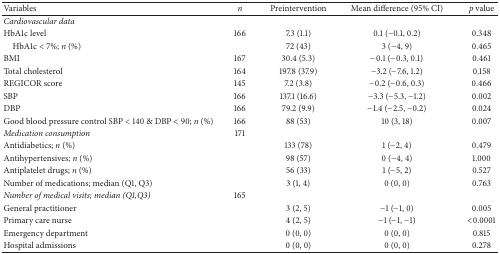
<table><thead><tr><td><b>Variables</b></td><td><b><i>n</i></b></td><td><b>Preintervention</b></td><td><b>Mean difference (95% CI)</b></td><td><b><i>p</i> value</b></td></tr></thead><tbody><tr><td><i>Cardiovascular data</i></td><td> </td><td> </td><td> </td><td> </td></tr><tr><td>HbA1c level</td><td>166</td><td>7.3 (1.1)</td><td>0.1 (−0.1, 0.2)</td><td>0.348</td></tr><tr><td> HbA1c &lt; 7%; <i>n</i> (%)</td><td> </td><td>72 (43)</td><td>3 (−4, 9)</td><td>0.465</td></tr><tr><td>BMI</td><td>167</td><td>30.4 (5.3)</td><td>−0.1 (−0.3, 0.1)</td><td>0.461</td></tr><tr><td>Total cholesterol</td><td>164</td><td>197.8 (37.9)</td><td>−3.2 (−7.6, 1.2)</td><td>0.158</td></tr><tr><td>REGICOR score</td><td>145</td><td>7.2 (3.8)</td><td>−0.2 (−0.6, 0.3)</td><td>0.466</td></tr><tr><td>SBP</td><td>166</td><td>137.1 (16.6)</td><td>−3.3 (−5.3, −1.2)</td><td>0.002</td></tr><tr><td>DBP</td><td>166</td><td>79.2 (9.9)</td><td>−1.4 (−2.5, −0.2)</td><td>0.024</td></tr><tr><td>Good blood pressure control SBP &lt; 140 &amp; DBP &lt; 90; <i>n</i> (%)</td><td>166</td><td>88 (53)</td><td>10 (3, 18)</td><td>0.007</td></tr><tr><td><i>Medication consumption</i></td><td>171</td><td> </td><td> </td><td> </td></tr><tr><td> Antidiabetics; <i>n</i> (%)</td><td> </td><td>133 (78)</td><td>1 (−2, 4)</td><td>0.479</td></tr><tr><td> Antihypertensives; <i>n</i> (%)</td><td> </td><td>98 (57)</td><td>0 (−4, 4)</td><td>1.000</td></tr><tr><td> Antiplatelet drugs; <i>n</i> (%)</td><td> </td><td>56 (33)</td><td>1 (−5, 2)</td><td>0.527</td></tr><tr><td> Number of medications; median (Q1, Q3)</td><td> </td><td>3 (1, 4)</td><td>0 (0, 0)</td><td>0.763</td></tr><tr><td><i>Number of medical visits; </i><i>median (Q1,Q3)</i></td><td>165</td><td> </td><td> </td><td> </td></tr><tr><td> General practitioner</td><td> </td><td>3 (2, 5)</td><td>−1 (−1, 0)</td><td>0.005</td></tr><tr><td> Primary care nurse</td><td> </td><td>4 (2, 5)</td><td>−1 (−1, −1)</td><td>&lt;0.0001</td></tr><tr><td> Emergency department</td><td> </td><td>0 (0, 0)</td><td>0 (0, 0)</td><td>0.815</td></tr><tr><td> Hospital admissions</td><td> </td><td>0 (0, 0)</td><td>0 (0, 0)</td><td>0.278</td></tr></tbody></table>